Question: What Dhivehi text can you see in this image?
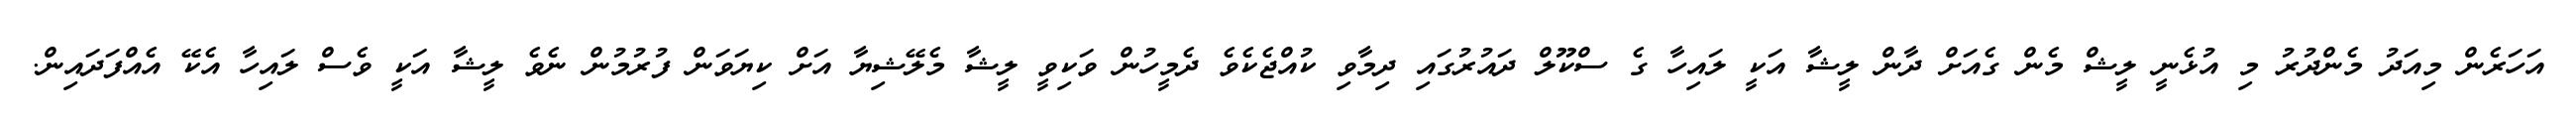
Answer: އަހަރެން މިއަދު މެންދުރު މި އުޅެނީ ލީޝް މެން ގެއަށް ދާން ލީޝާ އަކީ ލައިހާ ގެ ސްކޫލް ދައުރުގައި ދިމާވި ކުއްޖެކެވެ ދެމީހުން ވަކިވީ ލީޝާ މެލޭޝިޔާ އަށް ކިޔަވަން ފުރުމުން ނެވެ ލީޝާ އަކީ ވެސް ލައިހާ އެކޭ އެއްފަދައިން.